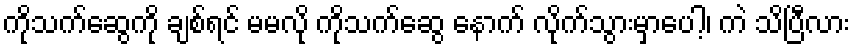
ကိုသက်ဆွေကို ချစ်ရင် မမလို ကိုသက်ဆွေ နောက် လိုက်သွားမှာပေါ့၊ ကဲ သိပြီလား